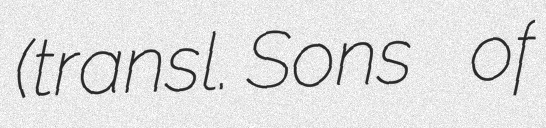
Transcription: (transl. Sons of